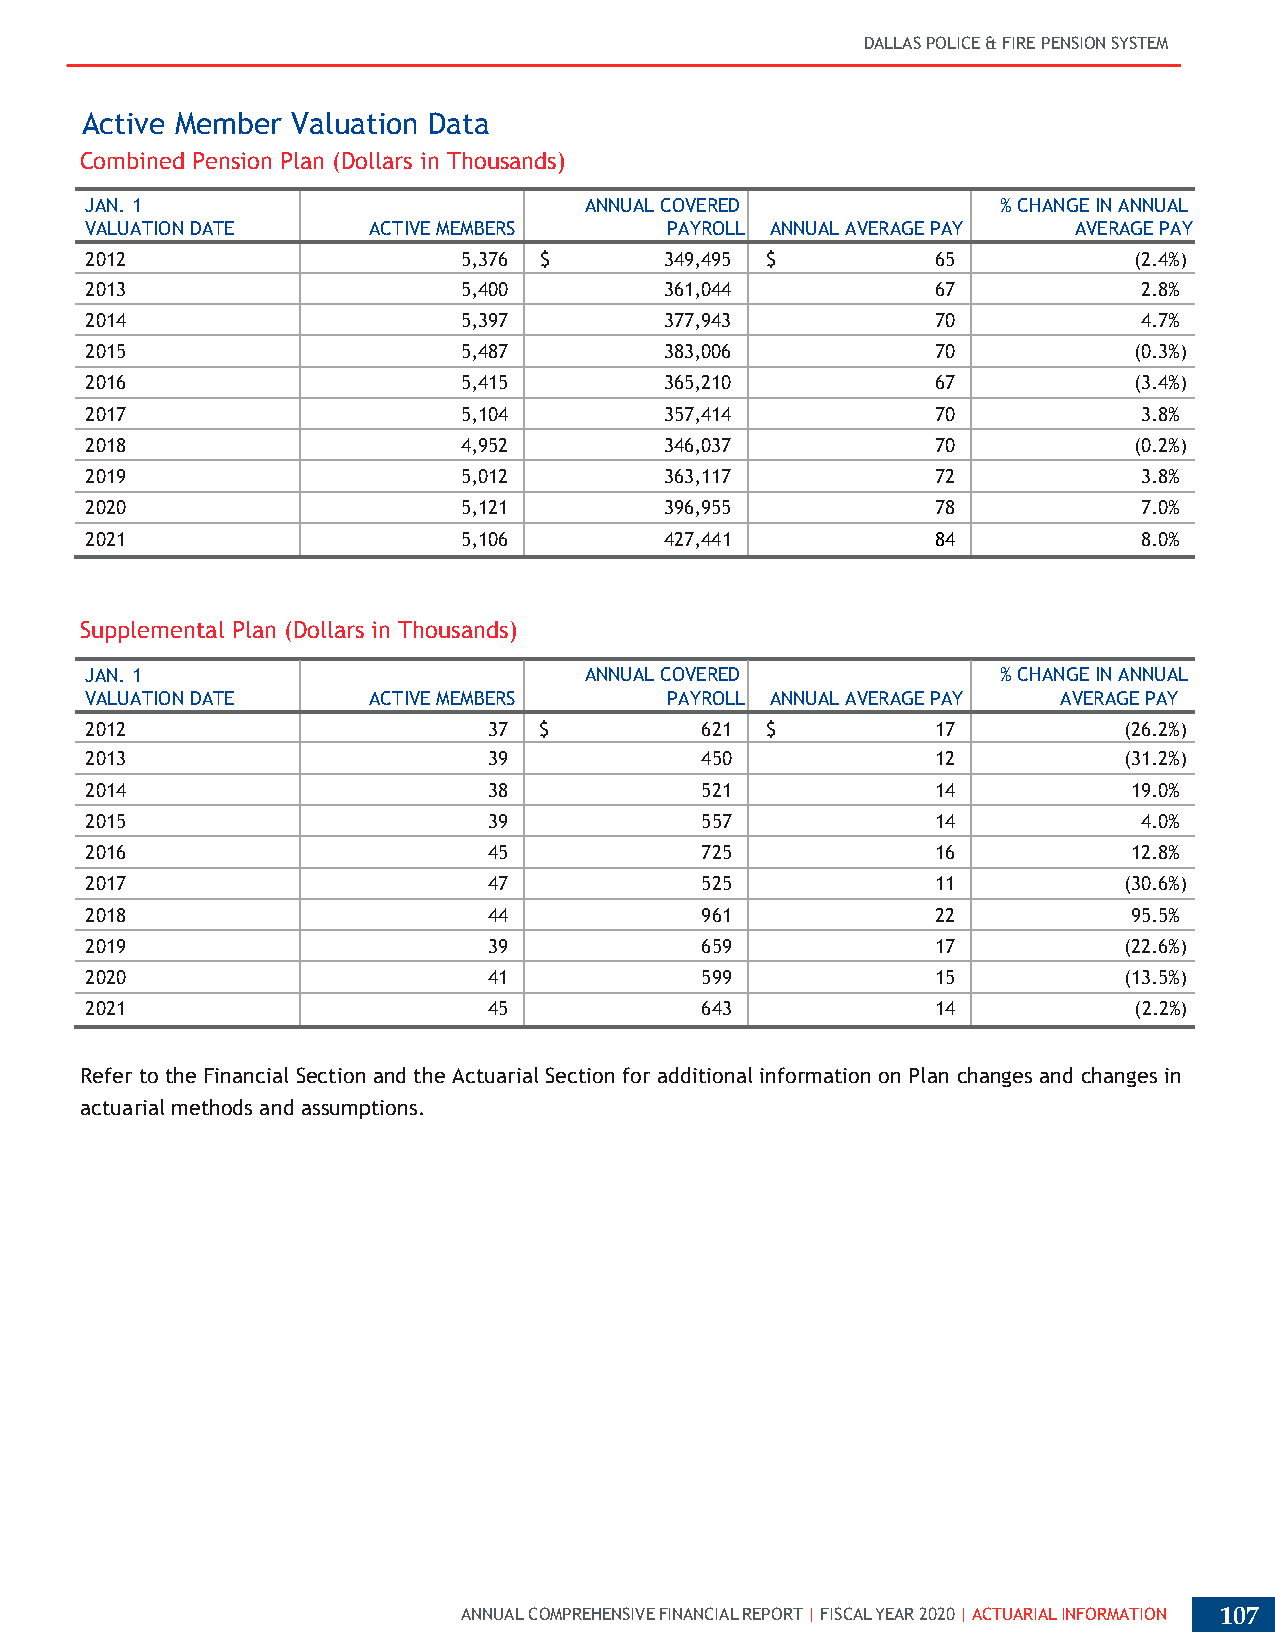
DALLAS POLICE & FIRE PENSION SYSTEM
 Active Member Valuation Data
 Combined Pension Plan (Dollars in Thousands)
 JAN. 1                           ANNUAL COVERED             % CHANGE IN ANNUAL
 VALUATION DATE    ACTIVE MEMBERS      PAYROLL ANNUAL AVERAGE PAY AVERAGE PAY
 2012                    5,376 $       349,495 $         65           (2.4%)
 2013                    5,400         361,044           67            2.8%
 2014                    5,397         377,943           70            4.7%
 2015                    5,487         383,006           70           (0.3%)
 2016                    5,415         365,210           67           (3.4%)
 2017                    5,104         357,414           70            3.8%
 2018                    4,952         346,037           70           (0.2%)
 2019                    5,012         363,117           72            3.8%
 2020                    5,121         396,955           78            7.0%
 2021                    5,106         427,441           84            8.0%
 Supplemental Plan (Dollars in Thousands)
 JAN. 1                           ANNUAL COVERED             % CHANGE IN ANNUAL
 VALUATION DATE    ACTIVE MEMBERS      PAYROLL ANNUAL AVERAGE PAY AVERAGE PAY
 2012                      37  $         621  $          17          (26.2%)
 2013                      39            450             12          (31.2%)
 2014                      38            521             14           19.0%
 2015                      39            557             14            4.0%
 2016                      45            725             16           12.8%
 2017                      47            525             11          (30.6%)
 2018                      44            961             22           95.5%
 2019                      39            659             17          (22.6%)
 2020                      41            599             15          (13.5%)
 2021                      45            643             14           (2.2%)
 Refer to the Financial Section and the Actuarial Section for additional information on Plan changes and changes in
 actuarial methods and assumptions.
 ANNUAL COMPREHENSIVE FINANCIAL REPORT | FISCAL YEAR 2020 | ACTUARIAL INFORMATION 107